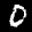
Label: 0